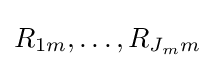
R_{1m},\ldots ,R_{J_{m}m}